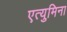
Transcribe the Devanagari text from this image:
एत्‍युमिना